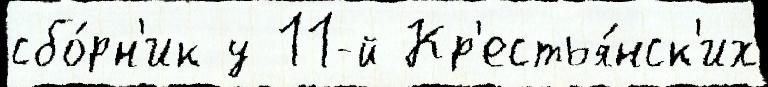
сбо́рн'ик у 11-й Кр'естья́нск'их